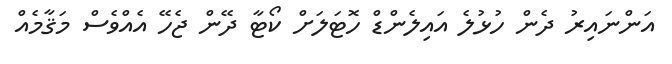
އަންނައިރު ދެން ހުޅުލެ އައިލެންޑް ހޮޓަލަށް ކޯޓާ ދޭން ޖެހޭ އެއްވެސް މަޤާމެއް